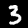
Label: 3